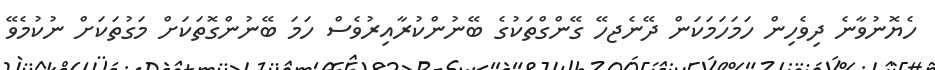
ހެޔޮނުވާނެ ދިވެހިން ހަމަހަމަކަން ދޭނެޖހޭ ގޭންގްތަކުގެ ބޭނުންކުރާއިރުވެސް ހަމަ ބޭނުންގޮތަކަށް މަގުތަކަށް ނުކުމެވޭ